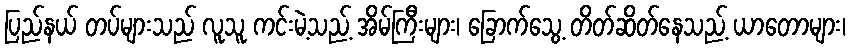
ပြည်နယ် တပ်များသည် လူသူ ကင်းမဲ့သည့် အိမ်ကြီးများ၊ ခြောက်သွေ့ တိတ်ဆိတ်နေသည့် ယာတောများ၊